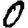
Digit: 0